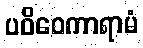
ပဝိဝေကာရာမံ